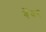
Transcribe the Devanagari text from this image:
बेंवर